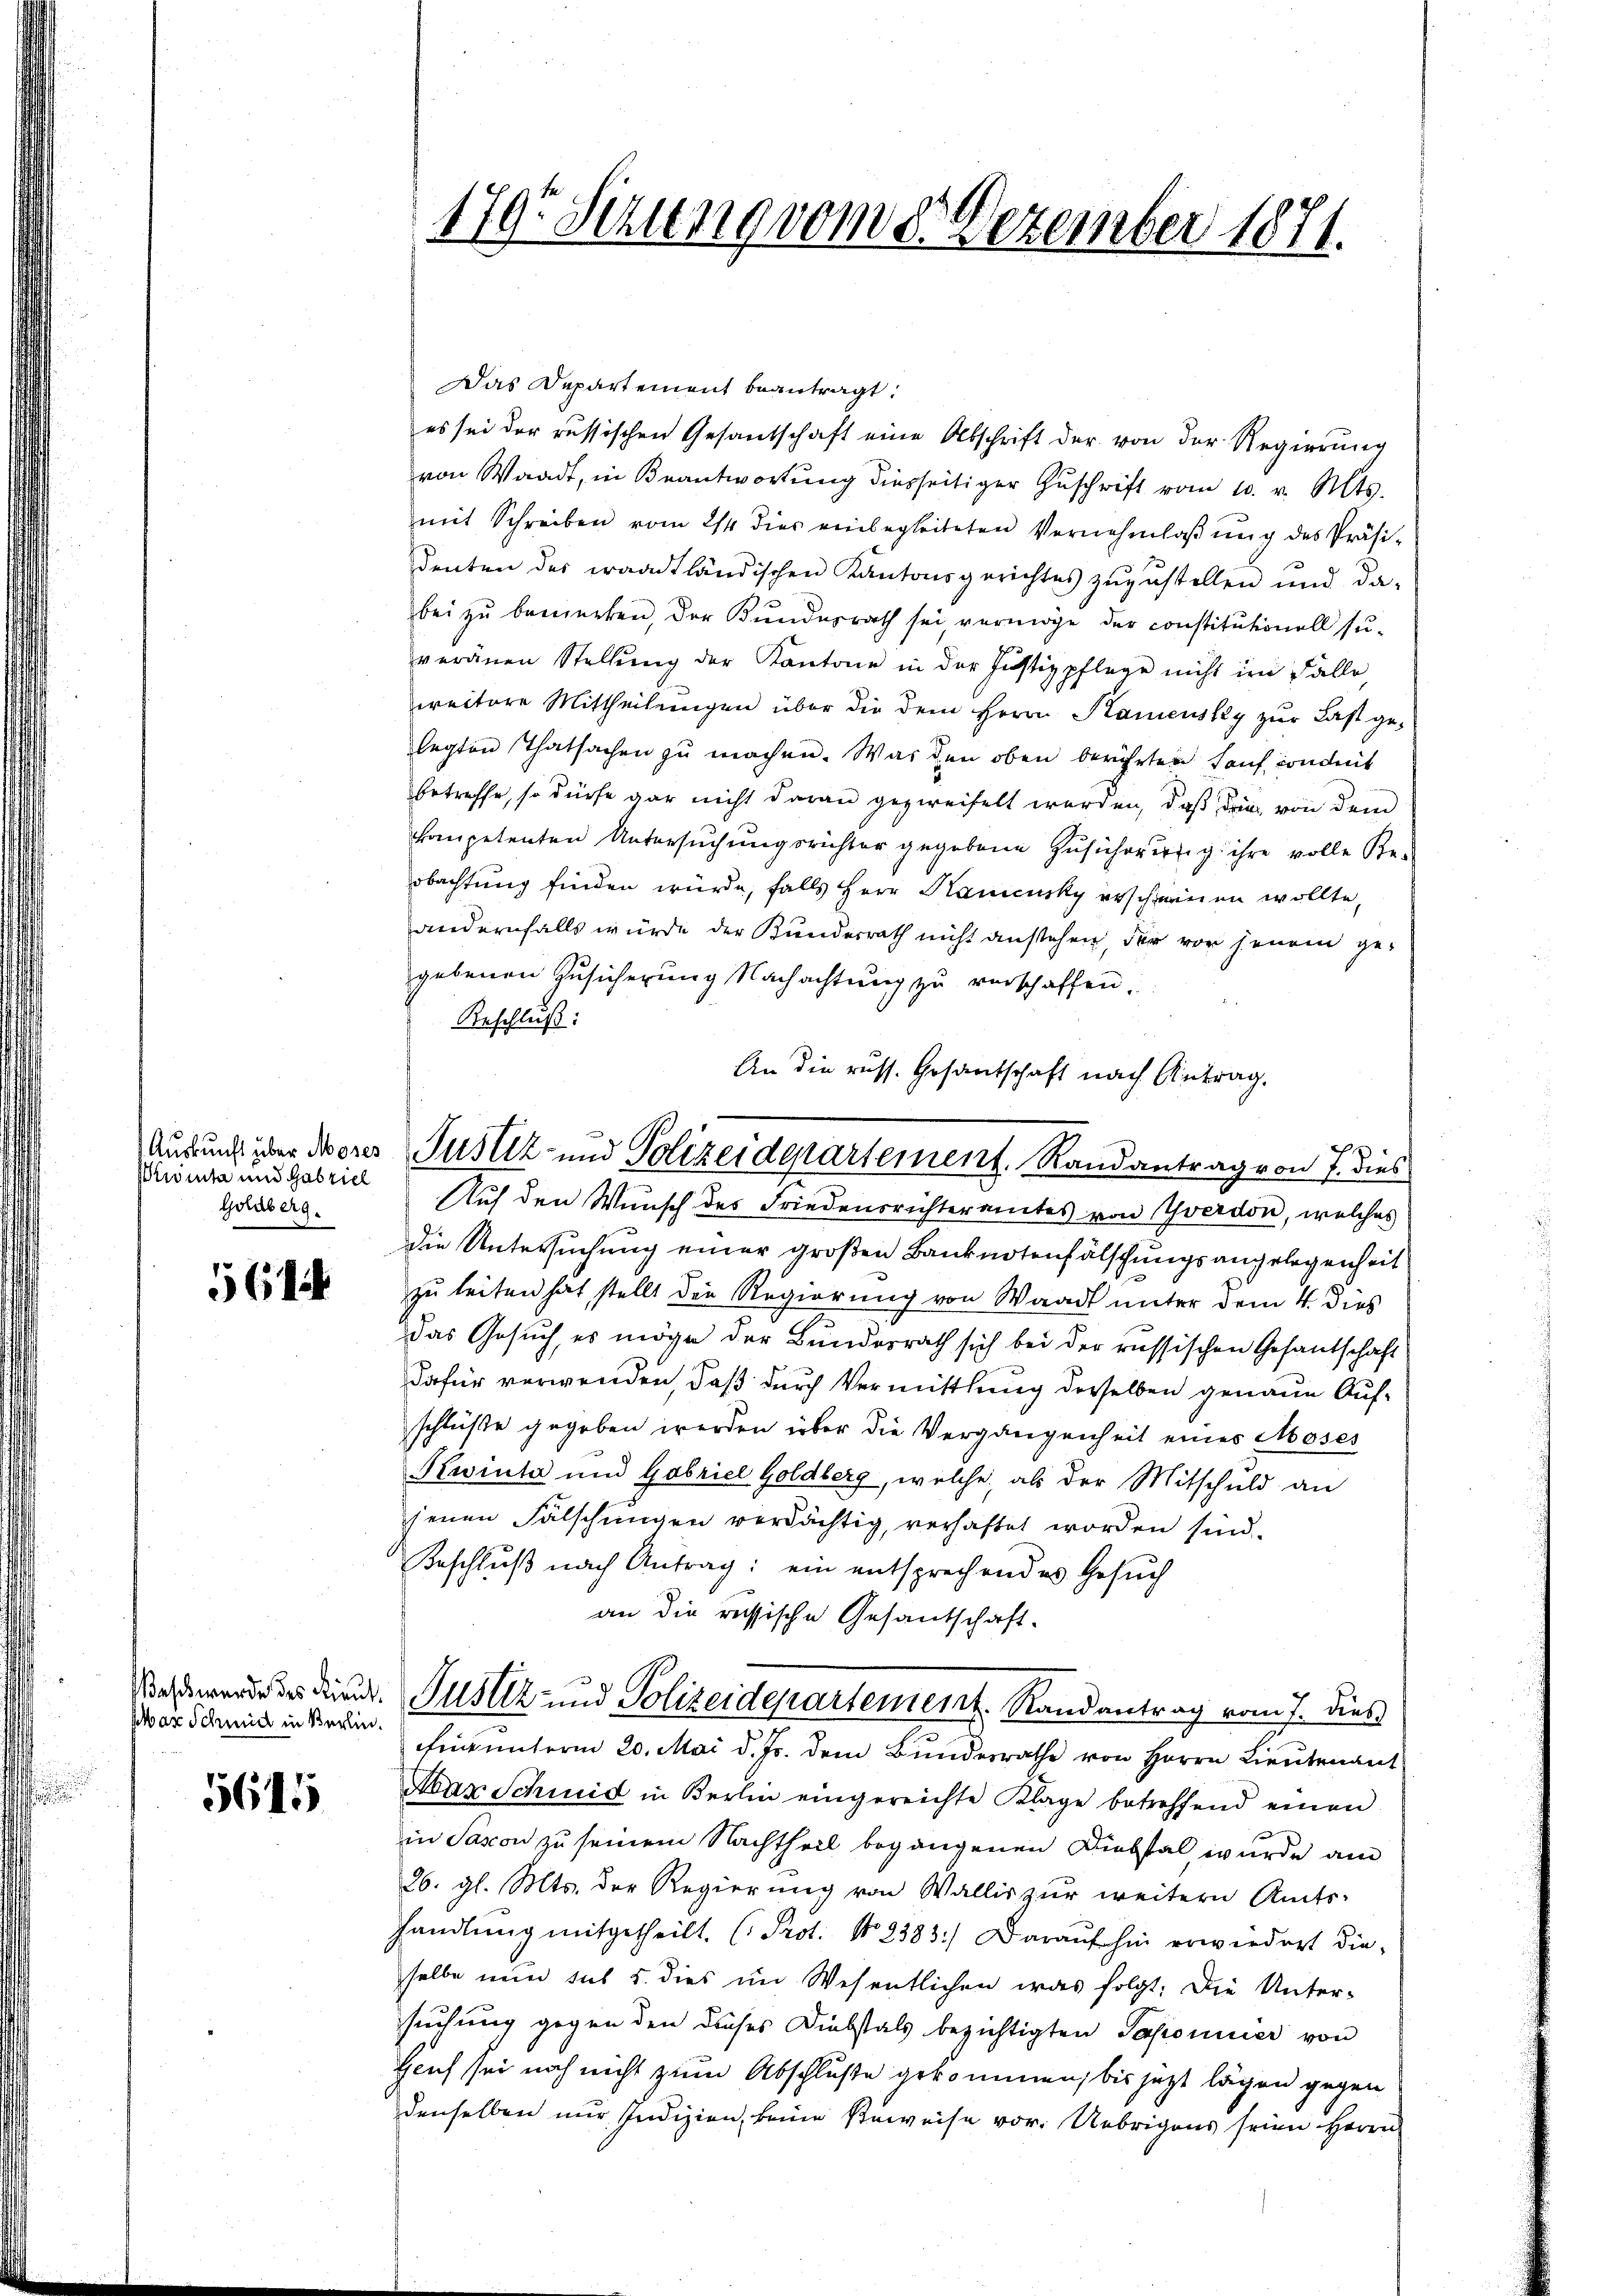
Auskunft über Moses
rwinta und Gabziel
Goldberg.

56

ass wurde des Lieut.
par Schmid in Berlin¬

5645

179 Sezung vom 8. Dezember 1871.

An die russ. Gesantschaft nach Antrag.
Justiz- und Polizeidepartement. Randantrag von 7. dies

Das Departement beantragt:
es sei der russischen Gesantschaft eine Abschrift der von der Regierung
von Waadt, in Beantwortung diesseitiger Zŭschrift vom 10. v. Mts.
mit Schreiben vom 24. dies einbegleiteten Vernehmlassŭng des Präsi-
denten des waadtländischen Kantonsgerichtes zŭzŭstellen und da-
bei zu bemerken, der Kundesrath sei vermöge der constitutionell su-
veränen Stellŭng der Kantone in der Justizpflege nicht im Falle
weitere Mittheilŭngen über die dem Herrn Kamensky zur Last ge-
legten Thatsachen zu machen. Was den oben berührten Lauf conduit
betreffe, so dürfe gar nicht daran gezweifelt werden, daß die von dem
kompetenten Untersuchungsrichter gegebene Zusicherung ihre volle Be-
obachtung finden würde, falls Herr Kamcusky erscheinen wollte,
andernfalls würde der Kunderrath nicht anstehen, der von jenem ge-
gebenen Zusicherung Nachachtung zu verschaffen.
Geschluß:
Auch den Wunsch des Friedensrichteramtes von Yverdon, welches
die Untersuchung einer großen Banknotenfälschungsangelegenheit
zu leiten hat stellt die Regierung von Waadt unter dem 4. dies
das Gesuch, es möge der Bundesrath sich bei der russischen Gesantschaft
Dafür verwenden, daß durch Vermittlung derselben genaue Aufschlüße gegeben werden über die Vergangenheit eines Moses
Kwiuta und Gabriel Goldberg, welche, als der Mitschuld an
senen Fälschungen verdächtig, verhaftet worden sind.
Beschluß nach Antrag: ein entsprechendes Gesuch
an die russische Gesandschaft.
Justiz und Polizeidepartement. Randantrag vom 7. dies
Eine unterm 20. Mai d. Js. dem Bundesrathe von Herrn Lieutenant
Aar Schmid in Berlin eingereichte Klage betreffend einen
in Saxon zu seinem Nachtheil begangenen Diebstal wurde am
26. gl. Mts. der Regierung von Wallis zur weitern Amts-
handlung mitgetheilt. (Prot. No. 8383) Daraufhin erwiedert dieselbe nun sus u. dies im Wesentlichen was folgt. Die Unter-
suchung gegen den dieses Diebstals bezichtigten Saponicier von
Hauch sei noch nicht zum Abschluße gekommen, bis jetzt lägen gegen
denselben nur Indizien, keine Beweise vor. Uebrigens seien Herrn